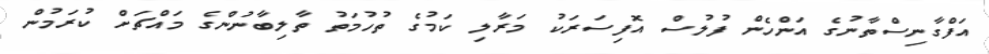
އަފްގާނިސްތާނުގެ އަންހެން ފުލުސް އޮފިސަރަކު މަރާލި ކަމުގެ ތުހުމަތު ތާލިބާނުންގެ މައްޗަށް ކުރަމުން